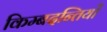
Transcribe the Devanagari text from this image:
किम्बदन्तियों